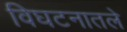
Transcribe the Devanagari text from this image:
विघटनातले